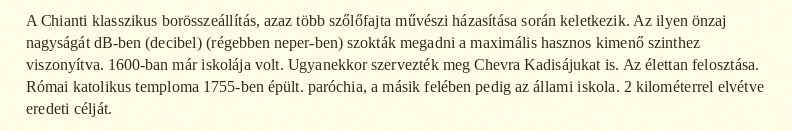
A Chianti klasszikus borösszeállítás, azaz több szőlőfajta művészi házasítása során keletkezik. Az ilyen önzaj nagyságát dB-ben (decibel) (régebben neper-ben) szokták megadni a maximális hasznos kimenő szinthez viszonyítva. 1600-ban már iskolája volt. Ugyanekkor szervezték meg Chevra Kadisájukat is. Az élettan felosztása. Római katolikus temploma 1755-ben épült. paróchia, a másik felében pedig az állami iskola. 2 kilométerrel elvétve eredeti célját.